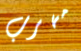
مهرب